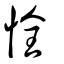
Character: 恮